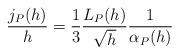
LaTeX: \begin{align*}\frac{j_P(h)}{h}=\frac{1}{3}\frac{L_P(h)}{\sqrt{h}}\frac{1}{\alpha_P(h)} \end{align*}